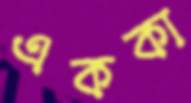
এককা